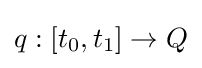
q:[t_{0},t_{1}]\to Q